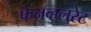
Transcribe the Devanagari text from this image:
फेनव्हलरेट